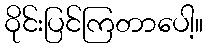
ဝိုင်းပြင်ကြတာပေါ့။